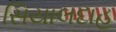
સિયાલદાહ